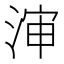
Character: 渖